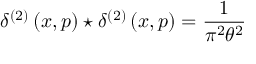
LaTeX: \delta ^ { \left( 2 \right) } \left( x , p \right) \star \delta ^ { \left( 2 \right) } \left( x , p \right) = \frac { 1 } { \pi ^ { 2 } \theta ^ { 2 } }